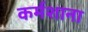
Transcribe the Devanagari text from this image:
कर्मशाना